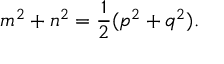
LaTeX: m ^ { 2 } + n ^ { 2 } = { \frac { 1 } { 2 } } ( p ^ { 2 } + q ^ { 2 } ) .